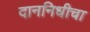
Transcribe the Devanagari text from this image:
दाननिधीचा